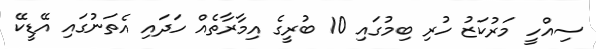
ސިއްހީ މަރުކަޒު ހުރި ބިމުގައި 10 ބުރީގެ އިމާރާތެއް ހަދައި އެތަނުގައި އޭޑީކޭ